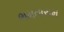
ભમતારામ